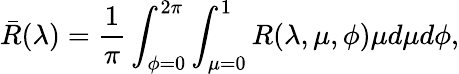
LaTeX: \bar{R}(\lambda)=\frac{1}{\pi}\int_{\phi=0}^{2\pi}\int_{\mu=0}^{1}R(\lambda,\mu,\phi)\mu d\mu d\phi,